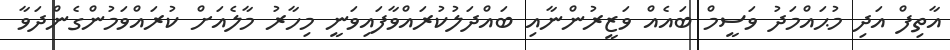
އާތިފް އަދި މުޙައްމަދު ވަސީމް ބައެއް ވަޒީރުންނާއި ބައްދަލުކުރައްވާފައިވަނީ މިހާރު މާލެއަށް ކުރައްވަމުންގެންދަވާ